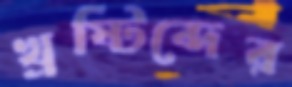
খ্রষ্টিব্দের